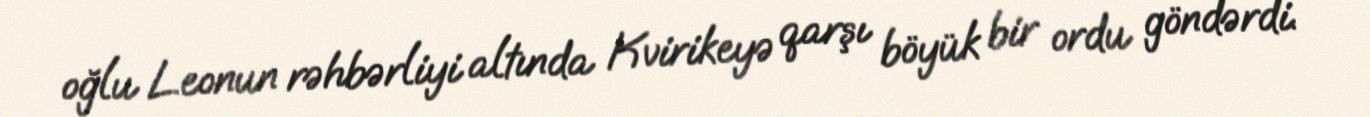
oğlu Leonun rəhbərliyi altında Kvirikeyə qarşı böyük bir ordu göndərdi.